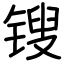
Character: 锼